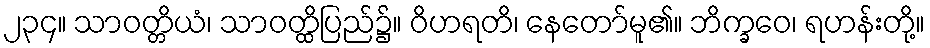
၂၃၄။ သာဝတ္တိယံ၊ သာဝတ္ထိပြည်၌။ ဝိဟရတိ၊ နေတော်မူ၏။ ဘိက္ခဝေ၊ ရဟန်းတို့။